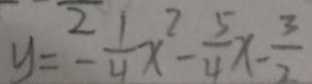
y = - \frac { 1 } { 4 } x ^ { 2 } - \frac { 5 } { 4 } x - \frac { 3 } { 2 }